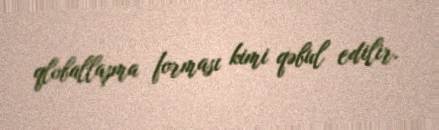
qloballaşma forması kimi qəbul edilir.